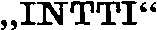
,,INTTI''